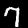
Digit: 7